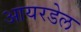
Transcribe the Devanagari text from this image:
आयरडेल